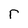
Character: r